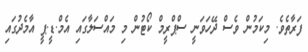
ފަރާތެވެ. މިކަމުން ވެސް ދޭހަވަނީ ސްޕްރީމް ކޯޓުން މި މައްސަލާގައި އެމް.ޑީ.ޕީ އާމެދުގައި